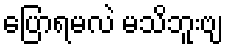
ပြောရမလဲ မသိဘူးဗျ